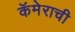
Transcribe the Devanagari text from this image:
कॅमेराची